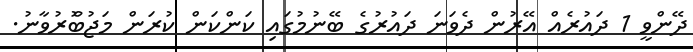
ދޭންވީ 1 ދައުރެއް އޭރުން ދެވަނަ ދައުރުގެ ބޭނުމުގައި ކަންކަން ކުރަން މަޖުބޫެރުވާނު.